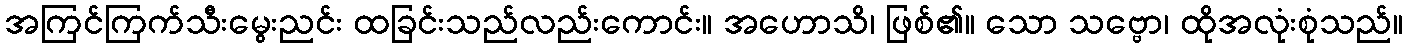
အကြင်ကြက်သီးမွေးညင်း ထခြင်းသည်လည်းကောင်း။ အဟောသိ၊ ဖြစ်၏။ သော သဗ္ဗော၊ ထိုအလုံးစုံသည်။